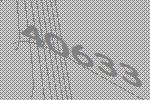
40633